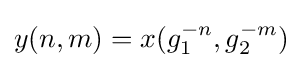
y(n,m)=x(g_{1}^{-n},g_{2}^{-m})